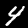
Label: 4